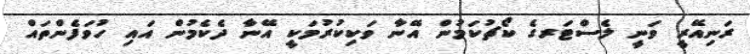
ރަނިއޭރީ ވަނީ ލެސްޓަރގެ ކޯޗުކަމުން އޭނާ ވަކިކުރުމަކީ އޭނާ ދެކެމުން އައި ހުވަފެންތައް